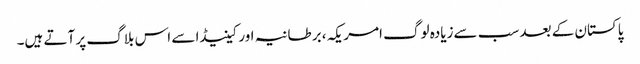
پاکستان کے بعد سب سےزیادہ لوگ امریکہ، برطانیہ اور کینیڈا سے اس بلاگ پر آتے ہیں۔